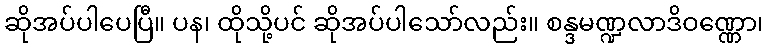
ဆိုအပ်ပါပေပြီ။ ပန၊ ထိုသို့ပင် ဆိုအပ်ပါသော်လည်း။ စန္ဒမဏ္ဍလာဒိဝဏ္ဏော၊